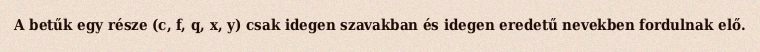
A betűk egy része (c, f, q, x, y) csak idegen szavakban és idegen eredetű nevekben fordulnak elő.